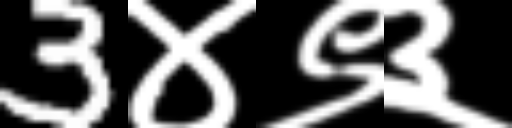
Text: 3४९३